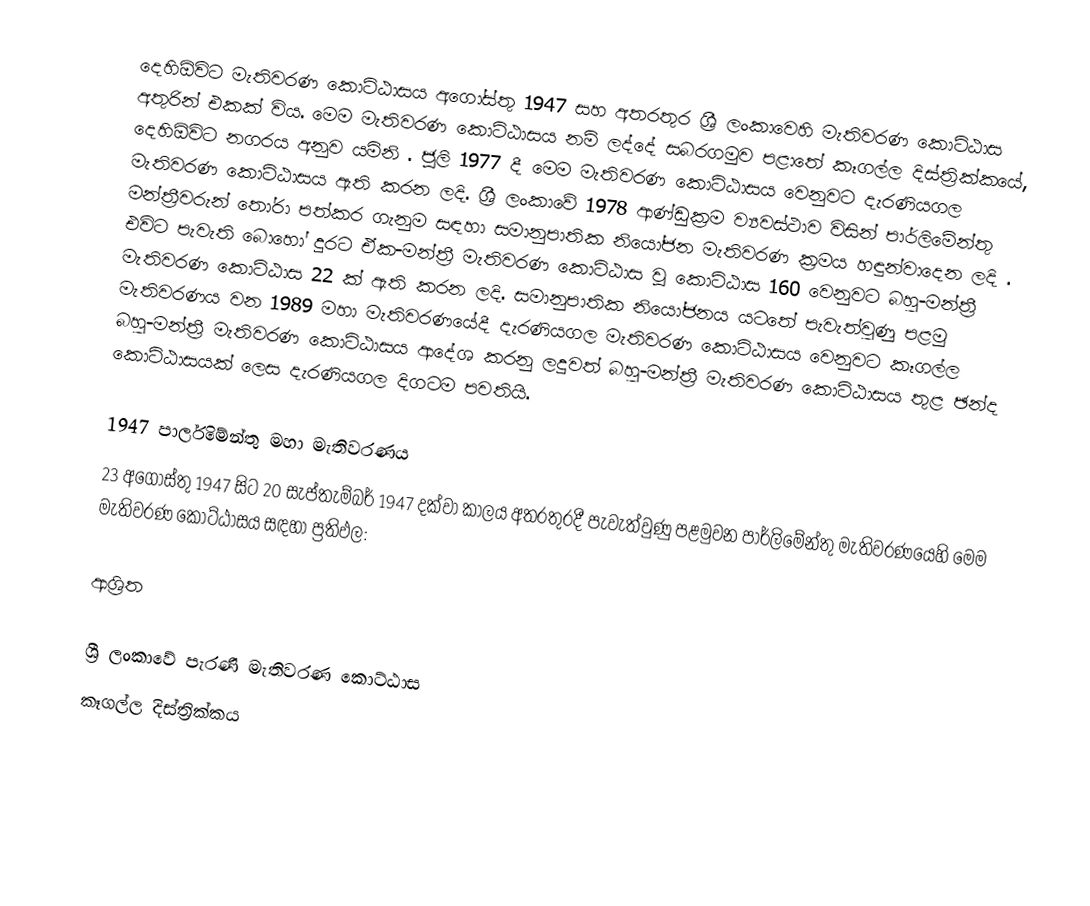
දෙහිඕවිට මැතිවරණ කොට්ඨාසය  අගෝස්තු 1947 සහ අතරතුර  ශ්‍රී ලංකාවෙහි  මැතිවරණ කොට්ඨාස අතුරින් එකක් විය. මෙම මැතිවරණ කොට්ඨාසය නම් ලද්දේ  සබරගමුව පළාතේ  කෑගල්ල  දිස්ත්‍රික්කයේ,  දෙහිඕවිට නගරය අනුව යමිනි . ජූලි 1977  දී මෙම මැතිවරණ කොට්ඨාසය වෙනුවට දැරණියගල මැතිවරණ කොට්ඨාසය ඇති කරන ලදි. ශ්‍රී ලංකාවේ 1978 ආණ්ඩුක්‍රම ව්‍යවස්ථාව විසින්   පාර්ලිමේන්තු මන්ත්‍රීවරුන් තෝරා පත්කර ගැනුම සඳහා සමානුපාතික නියෝජන මැතිවරණ ක්‍රමය හඳුන්වාදෙන ලදි . එවිට පැවැති බොහෝ දුරට  ඒක-මන්ත්‍රී මැතිවරණ කොට්ඨාස වූ කොට්ඨාස 160 වෙනුවට බහු-මන්ත්‍රී මැතිවරණ කොට්ඨාස 22 ක් ඇති කරන ලදි. සමානුපාතික නියෝජනය යටතේ පැවැත්වුණු පළමු මැතිවරණය වන 1989 මහා මැතිවරණයේදී  දැරණියගල මැතිවරණ කොට්ඨාසය වෙනුවට  කෑගල්ල  බහු-මන්ත්‍රී මැතිවරණ කොට්ඨාසය  ආදේශ කරනු ලදුවත් බහු-මන්ත්‍රී මැතිවරණ කොට්ඨාසය තුළ ඡන්ද කොට්ඨාසයක් ලෙස දැරණියගල දිගටම පවතියි.

1947 පාර්ලිමේන්තු මහා මැතිවරණය
23 අගෝස්තු 1947 සිට 20 සැප්තැම්බර් 1947 දක්වා කාලය අතරතුරදී පැවැත්වුණු  පළමුවන පාර්ලිමේන්තු මැතිවරණයෙහි මෙම මැතිවරණ කොට්ඨාසය සඳහා ප්‍රතිඵල:

ආශ්‍රිත

ශ්‍රී ලංකාවේ පැරණි මැතිවරණ කොට්ඨාස
 කෑගල්ල දිස්ත්‍රික්කය